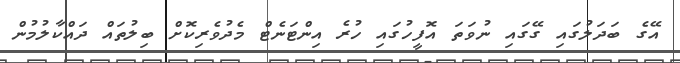
އޭގެ ބަދަލުގައި ގޭގައި ނުވަތަ އޮފީހުގައި ހުރެ އިންޓަނެޓް މެދުވެރިކޮށް ބިލުތައް ދައްކާލުމުން